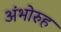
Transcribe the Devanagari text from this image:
अंभोरुह